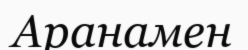
Аранамен